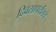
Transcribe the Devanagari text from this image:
दिवसापर्यंतचे